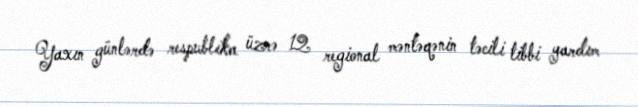
Yaxın günlərdə respublika üzrə 12 regional məntəqənin təcili tibbi yardım